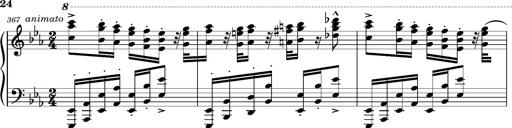
Title: Magyar rapszÃ³diÃ¡k
Composer: Franz Liszt